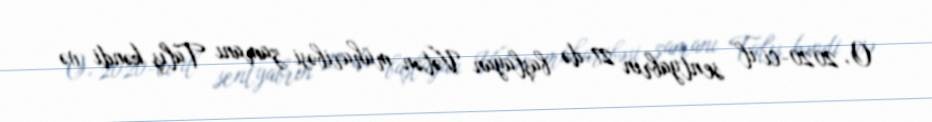
O, 2020-ci il sentyabrın 27-də başlayan Vətən müharibəsi zamanı Talış kəndi və